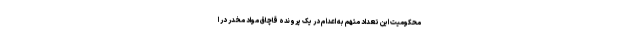
محکومیت این تعداد متهم به اعدام در یک پرونده قاچاق مواد مخدر در ا